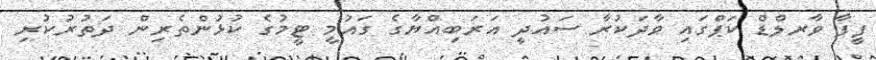
ފީފާ ވާރލްޑް ކަޕްގައި ވާދަކުރާ ސައުދީ އަރަބިއްޔާގެ ގައުމީ ޓީމުގެ ކުޅުންތެރިން ދަތުރުކުރި